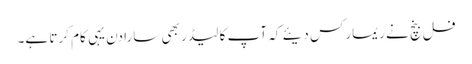
فل بنچ نے ریمارکس دیئے کہ آپ کا لیڈر بھی سارا دن یہی کام کرتا ہے۔